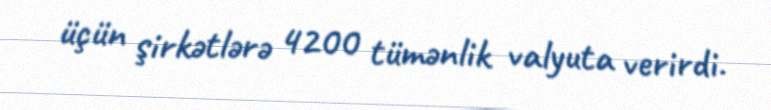
üçün şirkətlərə 4200 tümənlik valyuta verirdi.